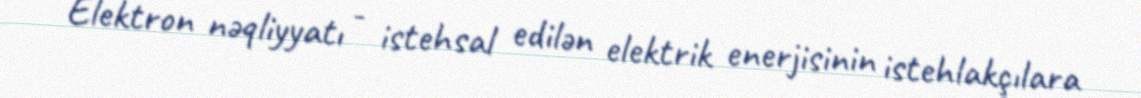
Elektron nəqliyyatı - istehsal edilən elektrik enerjisinin istehlakçılara